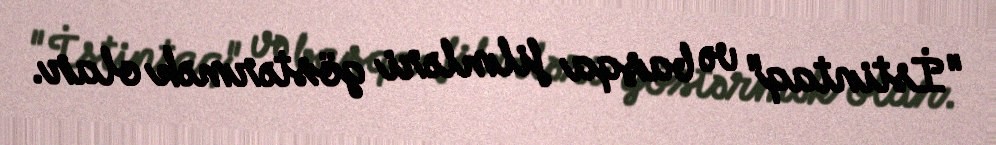
"İstintaq" və başqa filmləri göstərmək olar.